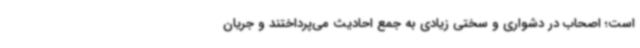
است؛ اصحاب در دشواری و سختی زیادی به جمع احادیث می‌پرداختند و جریان